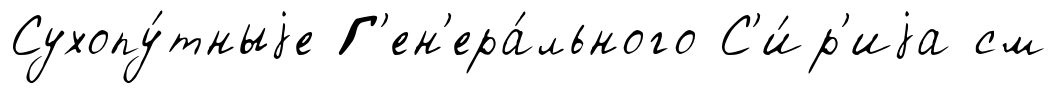
Сухопу́тныjе Г'ен'ера́льного С'и́р'иjа см